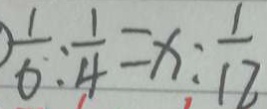
\frac { 1 } { 6 } : \frac { 1 } { 4 } = x : \frac { 1 } { 1 2 }